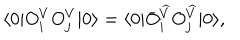
\langle 0 | O _ { i } ^ { V } O _ { j } ^ { V } | 0 \rangle = \langle 0 | O _ { i } ^ { \widehat { V } } O _ { j } ^ { \widehat { V } } | 0 \rangle ,